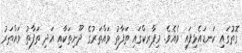
ގޮތުގައި ކަނޑައެޅިފައި ވެއެވެ. މިޕާރކްގައި ތަފާތު ވައްތަރުގެ ދޫނިތަކާއި އަދި ތަފާތު ވައްތަރު